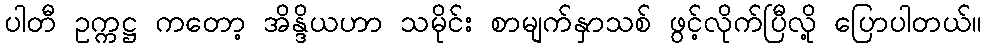
ပါတီ ဥက္ကဋ္ဌ ကတော့ အိန္ဒိယဟာ သမိုင်း စာမျက်နှာသစ် ဖွင့်လိုက်ပြီလို့ ပြောပါတယ်။